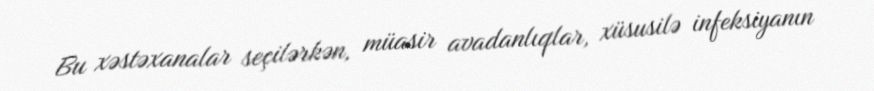
Bu xəstəxanalar seçilərkən, müasir avadanlıqlar, xüsusilə infeksiyanın